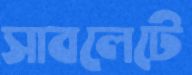
সাবলেটে